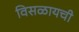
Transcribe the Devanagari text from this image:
विसळायची